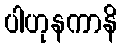
ပါဟုနကာနိ